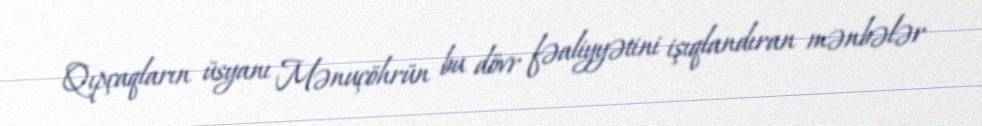
Qıpçaqların üsyanı Mənuçöhrün bu dövr fəaliyyətini işıqlandıran mənbələr